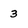
Character: 3